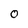
Character: O